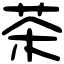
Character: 茶